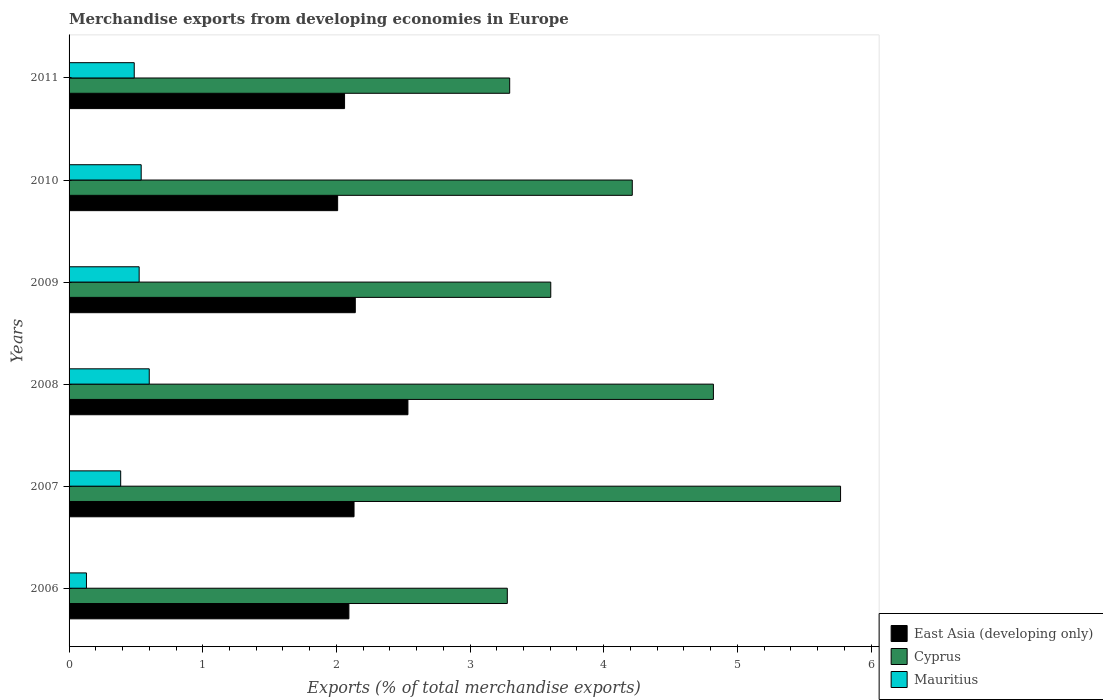
| Years | East Asia (developing only) | Cyprus | Mauritius |
 | --- | --- | --- | --- |
 | 2006 | 2.09 | 3.28 | 0.13 |
 | 2007 | 2.13 | 5.77 | 0.386 |
 | 2008 | 2.54 | 4.82 | 0.6 |
 | 2009 | 2.14 | 3.6 | 0.524 |
 | 2010 | 2.01 | 4.21 | 0.54 |
 | 2011 | 2.06 | 3.3 | 0.487 |